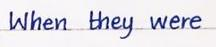
When they were